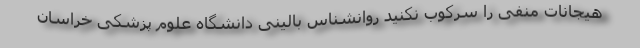
هیجانات منفی را سرکوب نکنید روانشناس بالینی دانشگاه علوم پزشکی خراسان